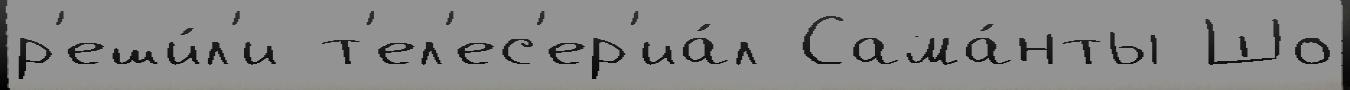
р'еши́л'и т'ел'ес'ер'иа́л Сама́нты Шо